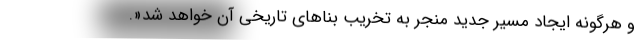
و هرگونه ایجاد مسیر جدید منجر به تخریب بناهای تاریخی آن خواهد شد«.